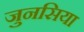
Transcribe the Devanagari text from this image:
जुनसिया